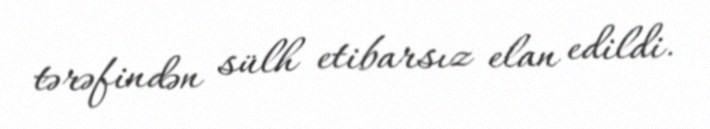
tərəfindən sülh etibarsız elan edildi.